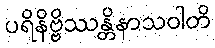
ပရိနိဗ္ဗိဿန္တိနာသဝါတိ